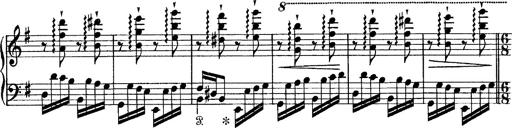
Title: Tarantelle di bravura dâ€™aprÃ¨s la tarantelle de La muette de Portici
Composer: Franz Liszt